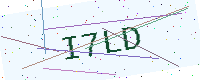
Text: I7LD